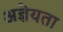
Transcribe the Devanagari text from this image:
अज्ञेयता